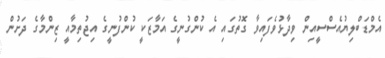
އެމްޑަބްލިޔުއެސްސީއިން ވިދާޅުވެފައިވާ ގޮތުގައި އެ ކުންގުނީގެ އަމާޒަކީ ކުންފުނީގެ އިޖުތިމާއީ ޒިންމާގެ ދަށުން